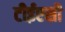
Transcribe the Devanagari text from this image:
टीईएसी